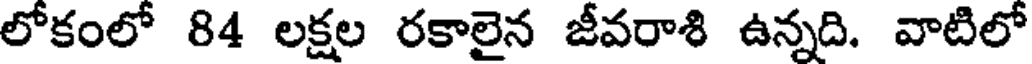
లోకంలో 84 లక్షల రకాలైన జీవరాశి ఉన్నది. వాటిలో